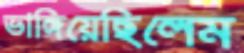
ভাঙ্গিয়েছিলেম